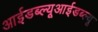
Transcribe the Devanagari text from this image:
आईडब्ल्यूआईडब्ल्यू